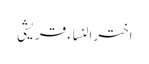
اختر النساء قریشی